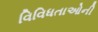
વિવિધતાઓની